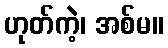
ဟုတ်ကဲ့၊ အစ်မ။